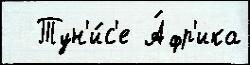
  Тун'и́с'е А́фр'ика